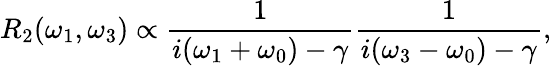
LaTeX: R_{2}(\omega_{1},\omega_{3})\propto\frac{1}{i(\omega_{1}+\omega_{0})-\gamma}\frac{1}{i(\omega_{3}-\omega_{0})-\gamma},